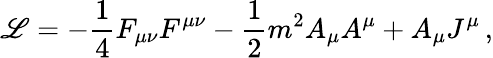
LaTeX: {\cal\mathscr{L}}=-\frac{{1}}{{4}}F_{\mu\nu}F^{\mu\nu}-\frac{{1}}{{2}}m^{2}A_{\mu}A^{\mu}+A_{\mu}J^{\mu}\, ,